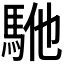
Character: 𱄕